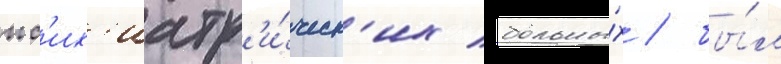
пс'их'иатр'и́ческ'их больны́х / бы́л